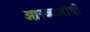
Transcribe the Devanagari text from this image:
आख्यानांची